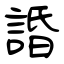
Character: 諙